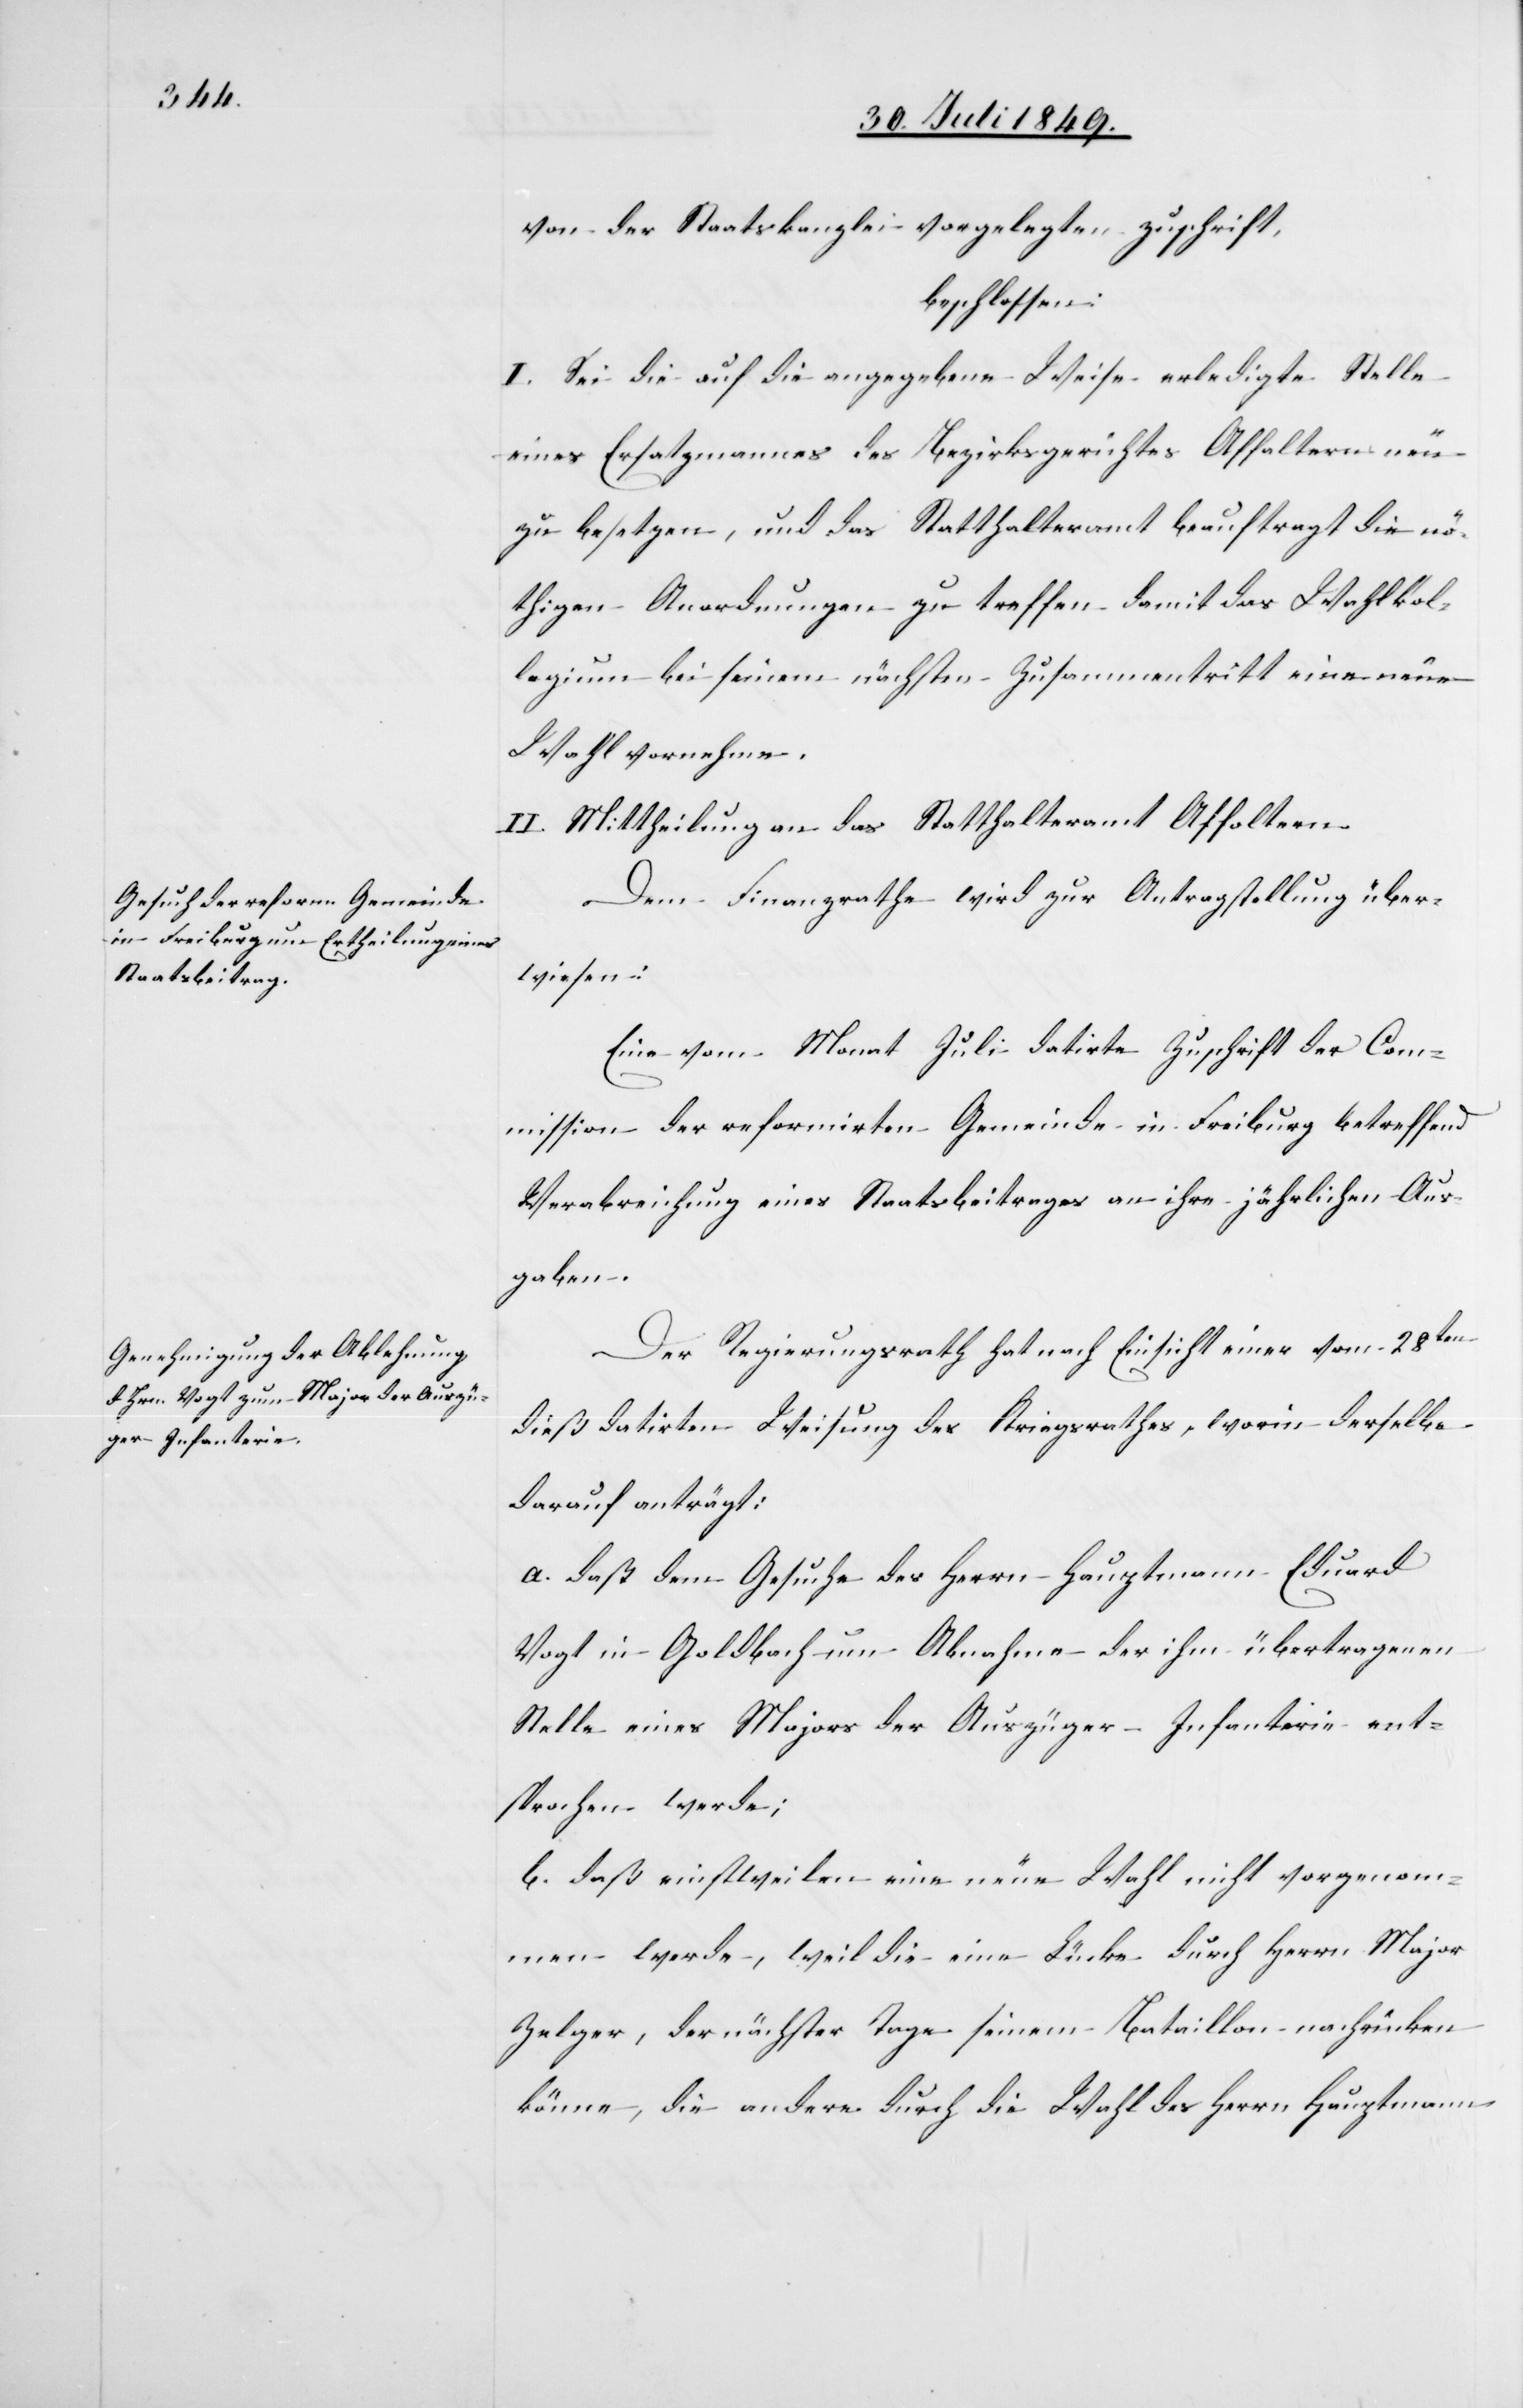
von der Staatskanzlei vorgelegten Zuschrift,
beschlossen:
I. Sei die auf die angegebene Weise erledigte Stelle
eines Ersatzmannes des Bezirksgerichtes Affaltern
zu besetzen, und das Statthalteramt beauftragt die nö¬
thigen Anordnungen zu treffen, damit das Wahlkol¬
legium bei seinem nächsten Zusammentritt eine neue
Wahl vornehme.
II. Mittheilung an das Statthalteramt Affoltern.
Dem Finanzrathe wird zur Antragstellung über¬
wiesen:
Eine vom Monat Juli datirte Zuschrift der Com¬
mission der reformirten Gemeinde in Freiburg betreffend
Verabreichung eines Staatsbeitrages an ihre jährlichen Aus¬
gaben.
Der Regierungsrath hat nach Einsicht einer vom 28ten
dieß datirten Weisung des Kriegsrathes, worin derselbe
darauf anträgt:
a. daß dem Gesuche des Herrn Hauptmann Eduard
Vogt in Goldbach um Abnahme der ihm übertragenen
Stelle eines Majors der Auszüger-Infanterie ent¬
sprochen werde;
b. daß einstweilen eine neue Wahl nicht vorgenom¬
men werde, weil die eine Lücke durch Herrn Major
Zelzer, der nächster Tage seinem Bataillon nachrücken
könne, die andere durch die Wahl des Herrn Hauptmann